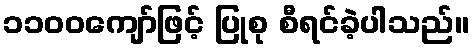
၁၁၀၀ကျော်ဖြင့် ပြုစု စီရင်ခဲ့ပါသည်။